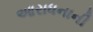
આરાધનાની